Leningradi_Edasi_toimetus, lk 13
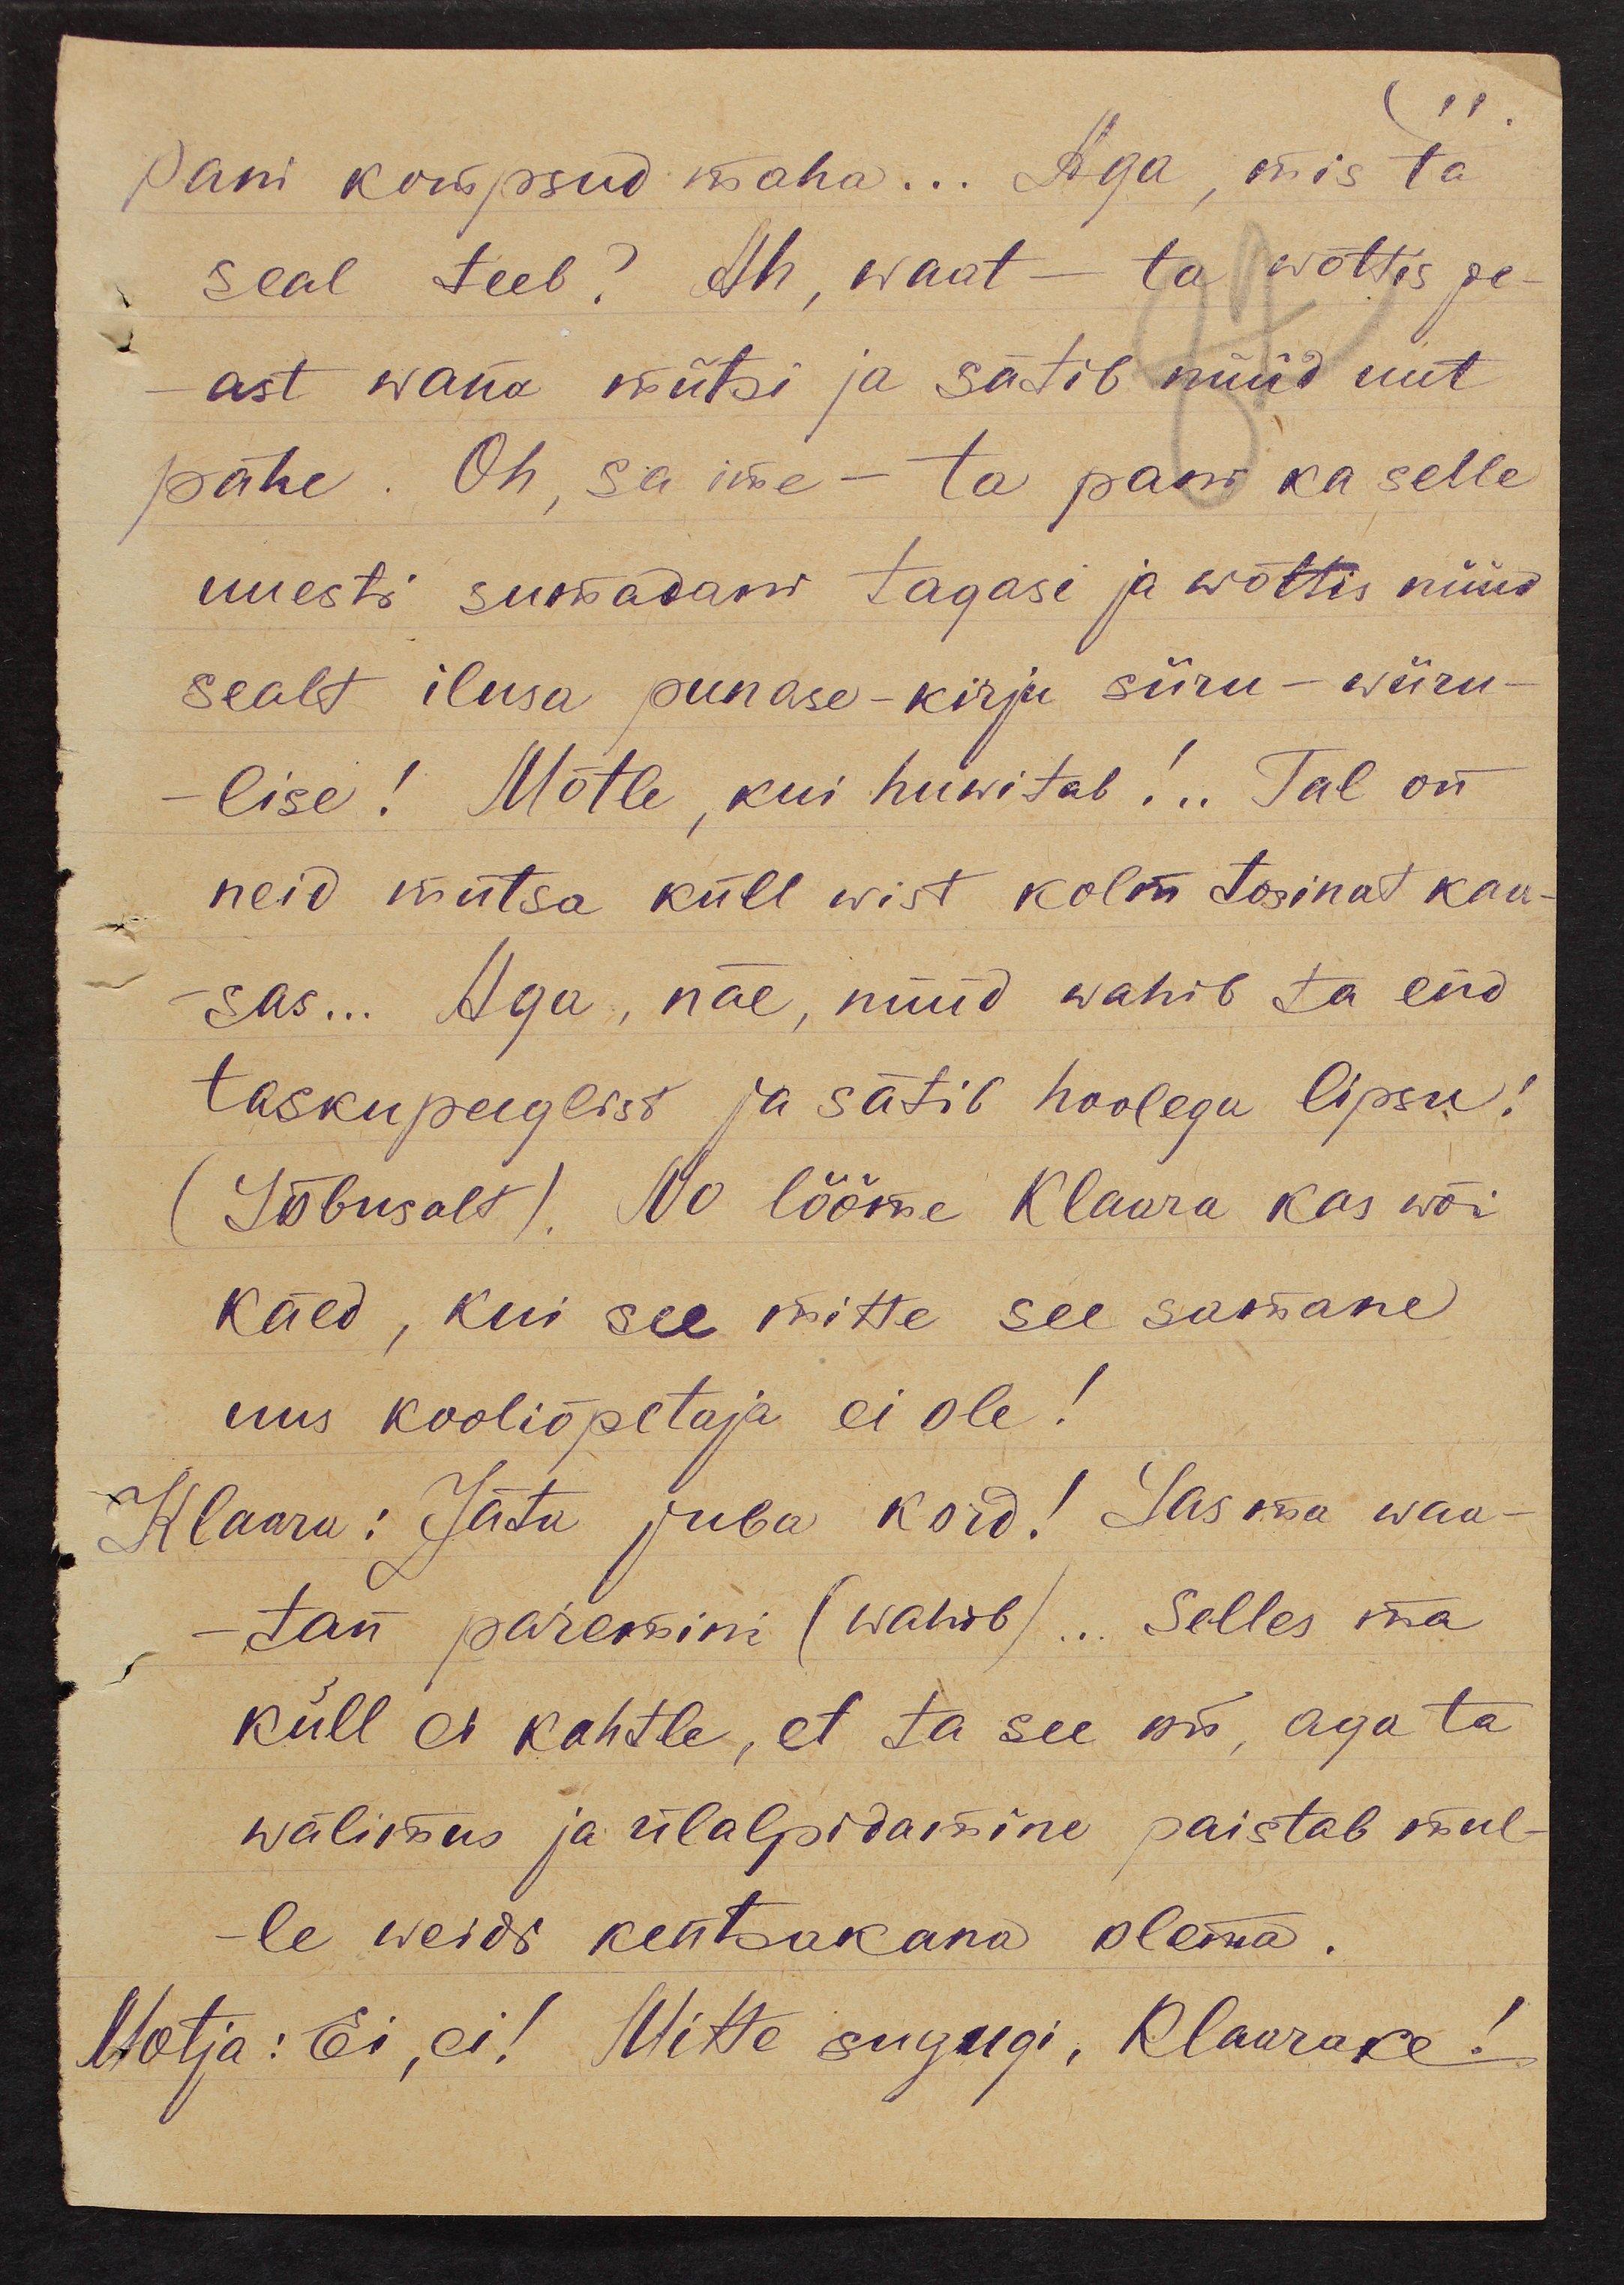
11.
pani kompsud maha... Aga, mis ta
seal teeb? Ah, waat - ta wõttis pe-
ast wana mütsi ja sätib nüüd uut
pähe. Oh, sa ime - ta pani ka selle
uuesti sumadani tagasi ja wõttis nüüd
sealt ilusa punase-kirju siiru-wiiru-
lise! Mõtle, kui huwitab!.. Tal on
neid mütsa küll wist kolm tosinat kaa-
sas... Aga, näe, nüüd wahib ta end
taskupeeglist ja sätib hoolega lipsu!
(Lõbusalt). No lööme Klaara kas wõi
käed, kui see mitte see samane
uus kooliõpetaja ei ole!
Klaara: Jätta juba kord! Las ma waa-
-tan paremini (wahib)... Selles ma
küll ei kahtle, et ta see on, aga ta
wälimus ja ülalpidamine paistab mul-
-le weidi kentsakana olema.
Motja: Ei, ei! Mitte sugugi, Klaarake!